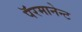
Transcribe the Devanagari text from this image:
पॅरमानेन्ट